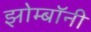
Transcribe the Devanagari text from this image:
झोम्बॉनी